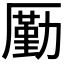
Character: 𠪲